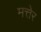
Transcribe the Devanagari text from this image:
मत्तेर